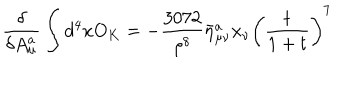
LaTeX: \frac { \delta } { \delta A _ { \mu } ^ { a } } \int d ^ { 4 } x O _ { K } = - \frac { 3 0 7 2 } { \rho ^ { 8 } } \bar { \eta } _ { \mu \nu } ^ { a } x _ { \nu } \left( \frac { t } { 1 + t } \right) ^ { 7 }